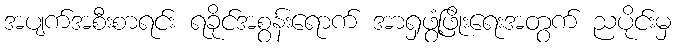
အပျက်အစီးစာရင်း ရခိုင်အစွန်းရောက် အာရှဖွံ့ဖြိုးရေးအတွက် ညပိုင်းမှ